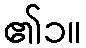
၏၁။